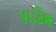
પાટિલ